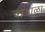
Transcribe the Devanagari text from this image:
चांडाळा